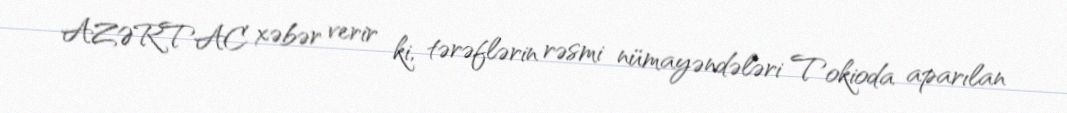
AZƏRTAC xəbər verir ki, tərəflərin rəsmi nümayəndələri Tokioda aparılan